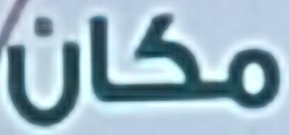
مكان